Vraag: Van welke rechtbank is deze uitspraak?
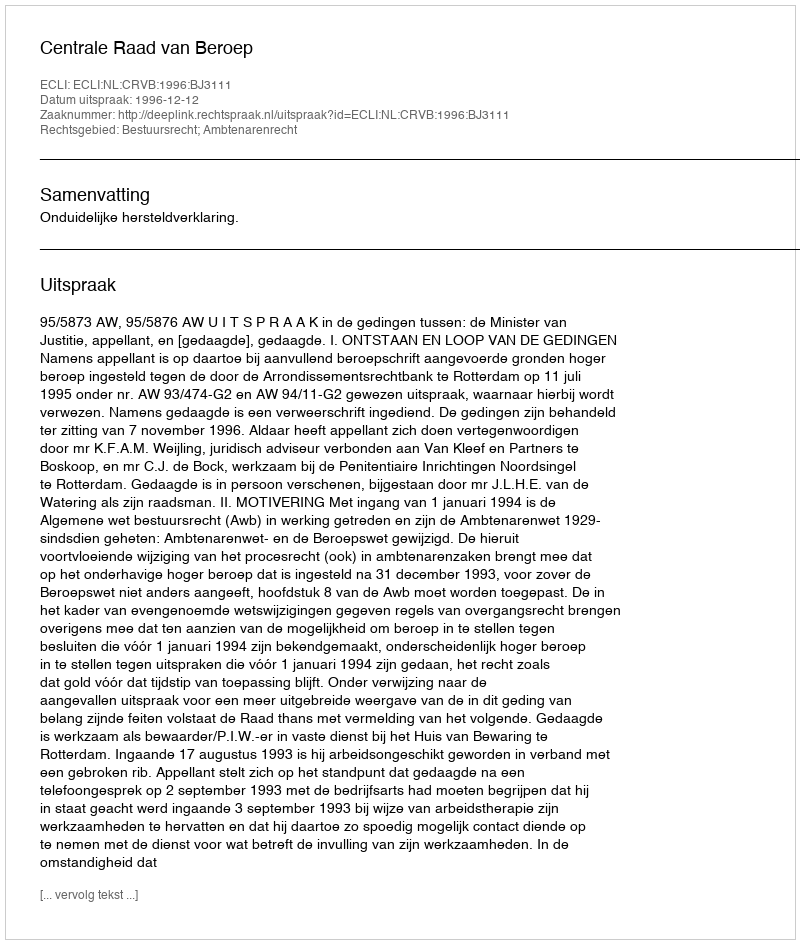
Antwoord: Centrale Raad van Beroep